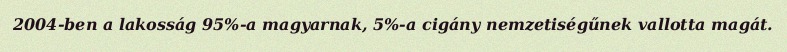
2004-ben a lakosság 95%-a magyarnak, 5%-a cigány nemzetiségűnek vallotta magát.